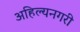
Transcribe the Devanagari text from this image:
अहिल्यनगरी